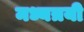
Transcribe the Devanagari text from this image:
मध्यत्रयी